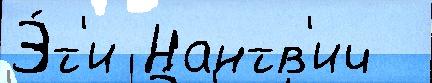
Э́т'и Нантв'ич